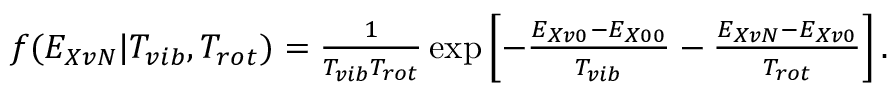
\begin{array} { r } { f ( E _ { X v N } | T _ { v i b } , T _ { r o t } ) = \frac { 1 } { T _ { v i b } T _ { r o t } } \exp \left[ - \frac { E _ { X v 0 } - E _ { X 0 0 } } { T _ { v i b } } - \frac { E _ { X v N } - E _ { X v 0 } } { T _ { r o t } } \right] . } \end{array}